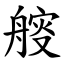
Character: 䑹